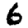
Digit: 6